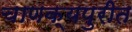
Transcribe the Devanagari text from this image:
चाणक्यपुरीत